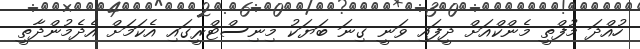
ހުއްދަ މުފްތީ މެންކްއަށް ދީފައި ވަނީ ގިނަ ބަޔަކު މިނިސްޓްރީގައި އެކަމަށް އެދެމުންދާތީ